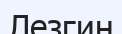
Лезгин